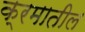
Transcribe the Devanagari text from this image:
क्रमातील